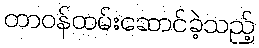
တာဝန်ထမ်းဆောင်ခဲ့သည့်